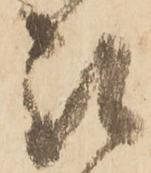
被